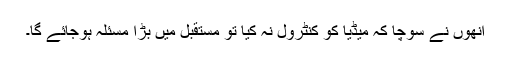
انھوں نے سوچا کہ میڈیا کو کنٹرول نہ کیا تو مستقبل میں بڑا مسئلہ ہوجائے گا۔